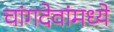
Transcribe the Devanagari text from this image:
चांगदेवांमध्ये